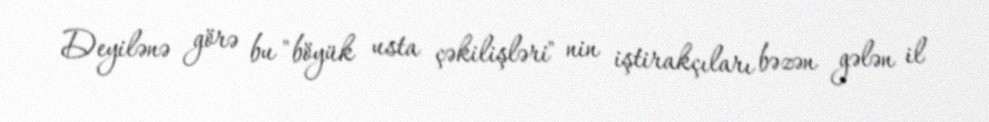
Deyilənə görə bu "böyük usta çəkilişləri" nin iştirakçıları bəzən gələn il